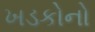
ખડકોનો